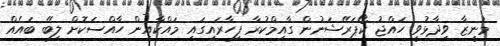
މުނީޒާ ވިދާޅުވީ ހައްޖު ކޯޕަރޭޝަނުން ގާއިމްކުރާ ފިހާރައިގައި މައްކާއިން ހާއްސަކޮށް ލިބޭ ބައެއް